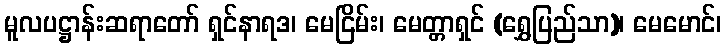
မူလပဋ္ဌာန်းဆရာတော် ရှင်နာရဒ၊ မေငြိမ်း၊ မေတ္တာရှင် (ရွှေပြည်သာ)၊ မေမောင်၊